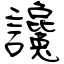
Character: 讒